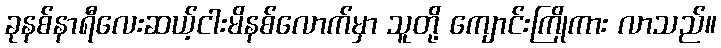
ခုနစ်နာရီလေးဆယ့်ငါးမိနစ်လောက်မှာ သူတို့ ကျောင်းကြိုကား လာသည်။